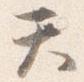
て